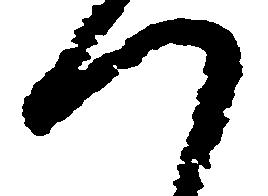
つ